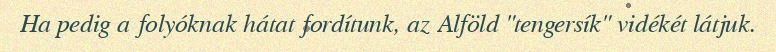
Ha pedig a folyóknak hátat fordítunk, az Alföld "tengersík" vidékét látjuk.